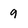
Character: 9